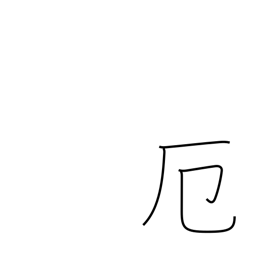
Meaning: misfortune